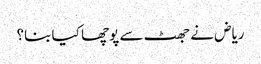
ریاض نے جھٹ سے پوچھا کیا بنا؟